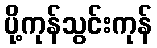
ပို့ကုန်သွင်းကုန်